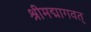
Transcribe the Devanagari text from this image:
श्रीमद्मागवत्